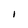
Character: I